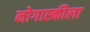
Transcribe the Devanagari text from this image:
नोगास्कीला